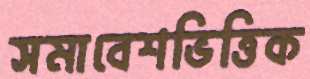
সমাবেশভিত্তিক